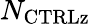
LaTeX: N_{\mathrm{{CTRLz}}}